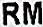
RM